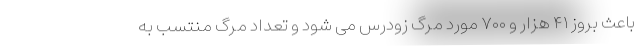
باعث بروز ۴۱ هزار و ۷۰۰ مورد مرگ زودرس می شود و تعداد مرگ منتسب به